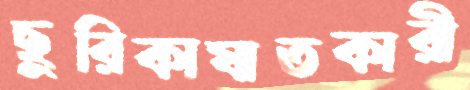
ছুরিকাঘাতকারী